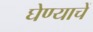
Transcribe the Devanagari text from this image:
घेण्याचें